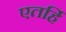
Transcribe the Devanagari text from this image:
एतर्हि